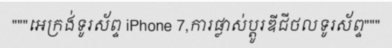
"""អេក្រង់ទូរស័ព្ទ iPhone 7,ការផ្លាស់ប្តូរឌីជីថលទូរស័ព្ទ"""